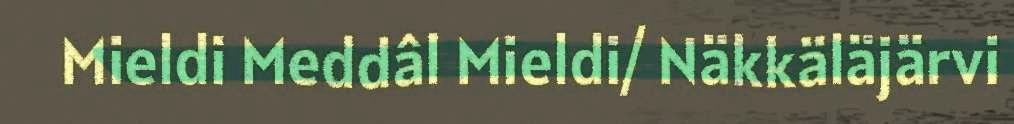
Mieldi Meddâl Mieldi/ Näkkäläjärvi